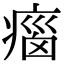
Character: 𤷻